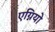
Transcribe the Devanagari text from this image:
एग्नियो